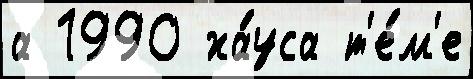
а 1990 ха́уса т'е́м'е